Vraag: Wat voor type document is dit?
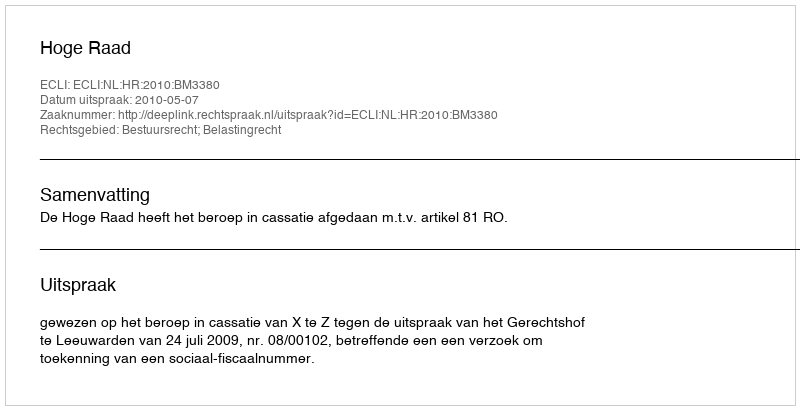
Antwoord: Uitspraak